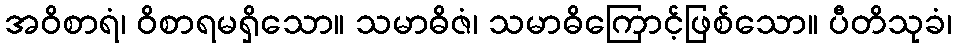
အဝိစာရံ၊ ဝိစာရမရှိသော။ သမာဓိဇံ၊ သမာဓိကြောင့်ဖြစ်သော။ ပီတိသုခံ၊